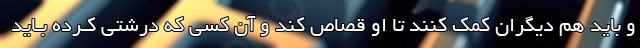
و باید هم دیگران کمک کنند تا او قصاص کند و آن کسى که درشتى کـرده بـاید